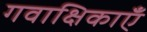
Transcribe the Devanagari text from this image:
गवाक्षिकाएँ